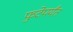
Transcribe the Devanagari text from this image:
फुटेपर्यंत